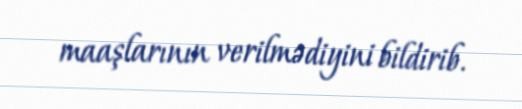
maaşlarının verilmədiyini bildirib.